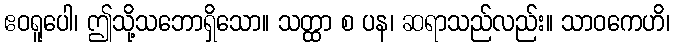
ဧဝရူပေါ၊ ဤသို့သဘောရှိသော။ သတ္ထာ စ ပန၊ ဆရာသည်လည်း။ သာဝကေဟိ၊